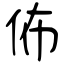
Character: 佈